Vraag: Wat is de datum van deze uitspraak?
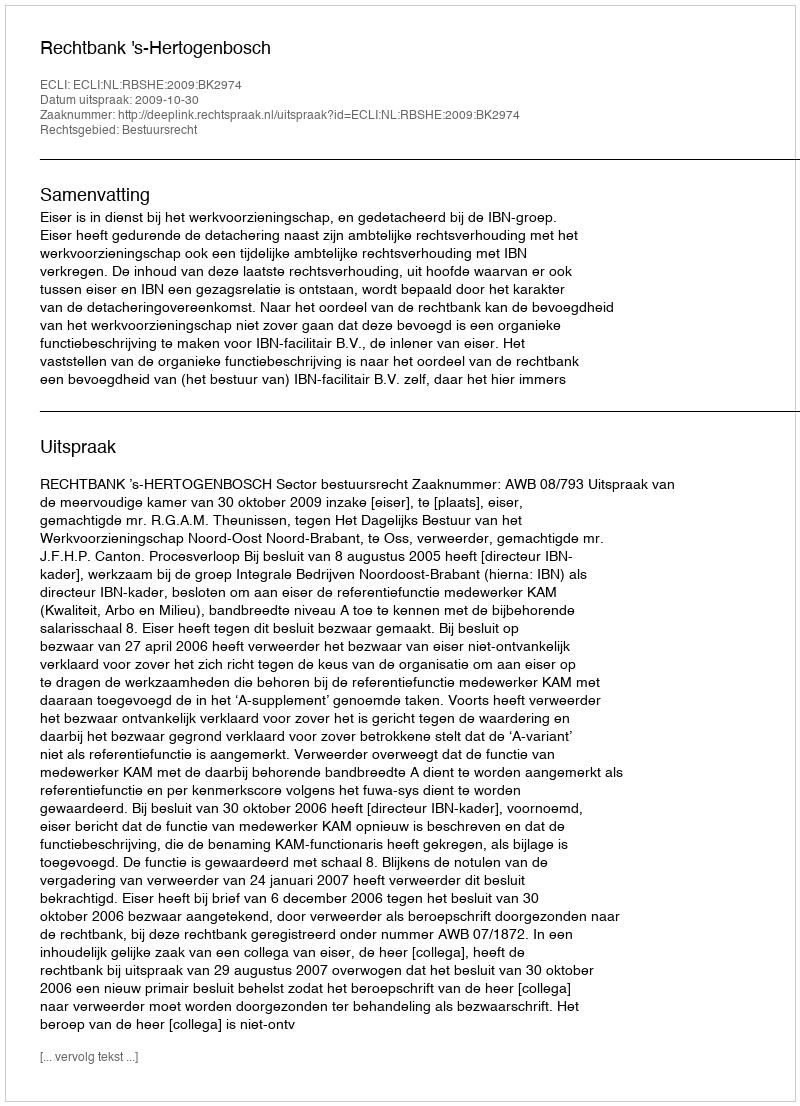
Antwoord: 2009-10-30